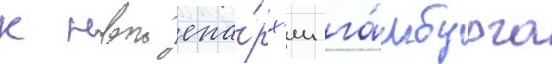
к новои епа́рх'ии га́мбурга